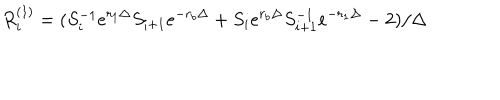
LaTeX: R _ { i } ^ { ( 1 ) } = ( S _ { i } ^ { - 1 } e ^ { r _ { 1 } \Delta } S _ { i + 1 } e ^ { - r _ { b } \Delta } + S _ { i } e ^ { r _ { b } \Delta } S _ { i + 1 } ^ { - 1 } e ^ { - r _ { 1 } \Delta } - 2 ) / \Delta